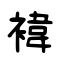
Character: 褘